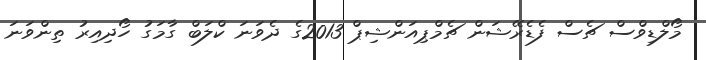
މޯލްޑިވްސް ޗެސް ފެޑެރޭޝަން ޗެމްޕިއަންޝިޕް 2013ގެ ދެވަނަ ކްލަބް ގާމަގު ހޯދިއިރު ތިންވަނަ